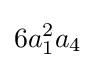
6a_{1}^{2}a_{4}